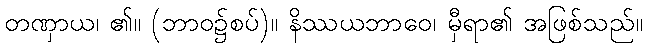
တဏှာယ၊ ၏။ (ဘာဝ၌စပ်)။ နိဿယဘာဝေ၊ မှီရာ၏ အဖြစ်သည်။